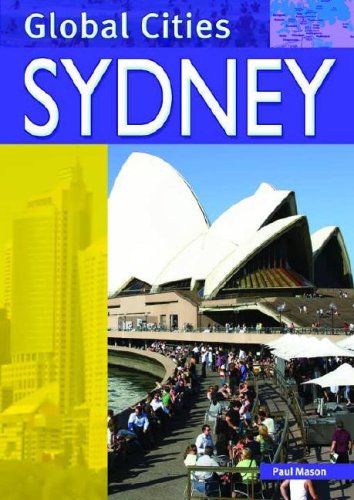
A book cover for Sydney (Global Cities); Paul Mason; Teen & Young Adult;